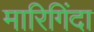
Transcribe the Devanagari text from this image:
मारिगिंदा